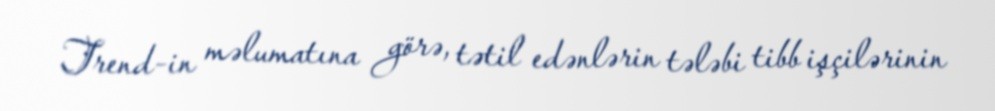
Trend-in məlumatına görə, tətil edənlərin tələbi tibb işçilərinin